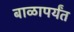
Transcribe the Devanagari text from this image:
बाळापर्यंत